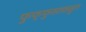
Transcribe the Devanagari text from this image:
फुफ्फुसाकडुन